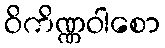
ဝိကိဏ္ဏဝါစော